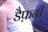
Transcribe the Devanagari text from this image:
डैफ़नी